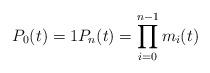
LaTeX: \begin{align*}P_0(t)=1P_n(t)=\prod_{i=0}^{n-1}m_i(t) \quad\end{align*}